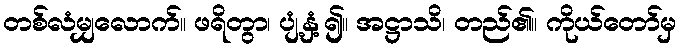
တစ်လံမျှလောက်။ ဖရိတွာ၊ ပျံ့နှံ့၍။ အဋ္ဌာသိ၊ တည်၏။ ကိုယ်တော်မှ